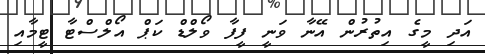
އަދި މީގެ އިތުރުން އޭނާ ވަނީ ފީފާ ވޯލްޑް ކަޕް އޯލްސްޓާ ޓީމާއި